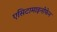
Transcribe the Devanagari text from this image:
एसिटामाइनोफेन